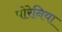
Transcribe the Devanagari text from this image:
पोरेनिया